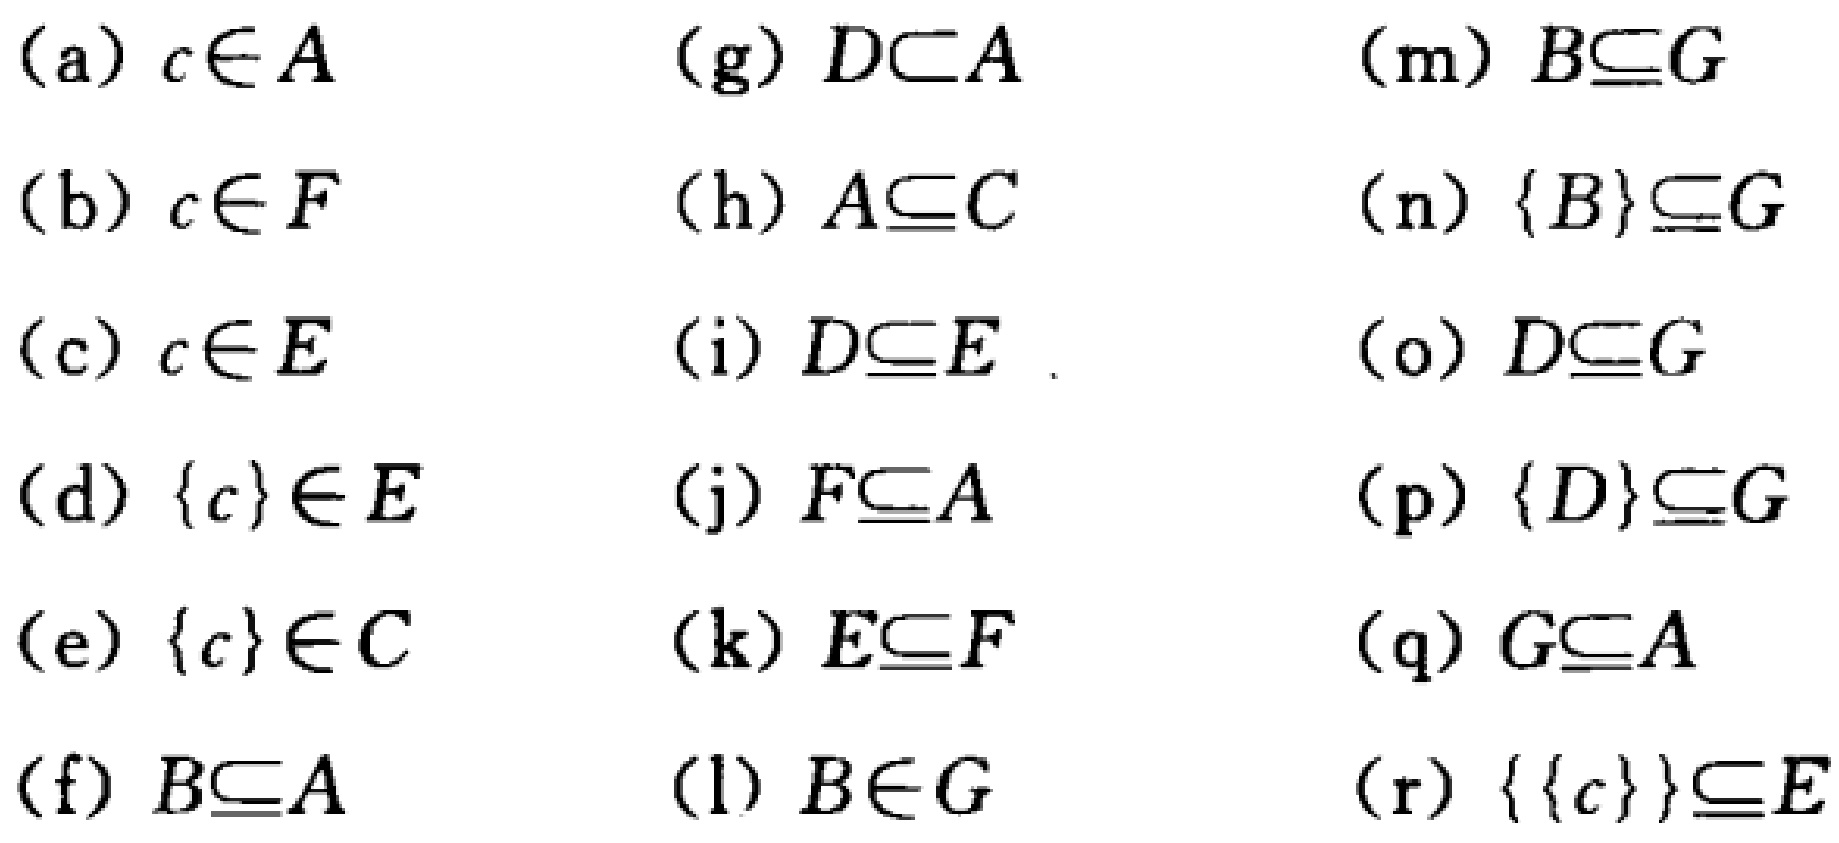
(a) \(c\in A\)

(b) \(c\in F\)

(c) \(c\in E\)

(d) \(\{c\}\in E\)

(e) \(\{c\}\in C\)

(f) \(B\subseteq A\)

(g) \(D\subset A\)

(h) \(A\subseteq C\)

(i) \(D\subseteq E\)

(j) \(F\subseteq A\)

(k) \(E\subseteq F\)

(l) \(B\in G\)

(m) \(B\subseteq G\)

(n) \(\{B\}\subseteq G\)

(o) \(D\subseteq G\)

(p) \(\{D\}\subseteq G\)

(q) \(G\subseteq A\)

(r) \(\{\{c\}\}\subseteq E\)